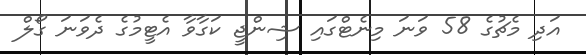
އަދި މެޗުގެ 58 ވަނަ މިނެޓްގައި ޝިންޖީ ކަގާވާ އެޓީމުގެ ދެވަނަ ގޯލް